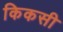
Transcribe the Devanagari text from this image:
किकसी